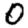
Digit: 0